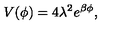
V ( \phi ) = 4 \lambda ^ { 2 } e ^ { \beta \phi } ,